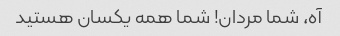
آه، شما مردان! شما همه یکسان هستید